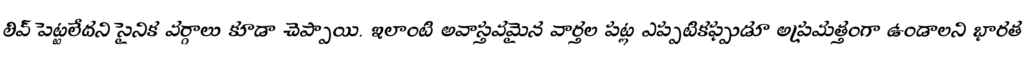
లివ్ పెట్టలేదని సైనిక వర్గాలు కూడా చెప్పాయి. ఇలాంటి అవాస్తవమైన వార్తల పట్ల ఎప్పటికప్పుడూ అప్రమత్తంగా ఉండాలని భారత